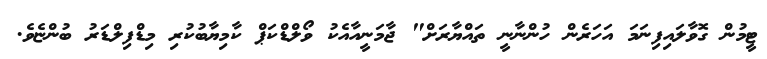
ޓީމުން ގޮވާލައިފިނަމަ އަހަރެން ހުންނާނީ ތައްޔާރަށް" ޖާމަނީއާއެކު ވޯލްޑްކަޕް ކާމިޔާބުކުރި މިޑްފިލްޑަރު ބުންޏެވެ.